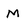
Character: M